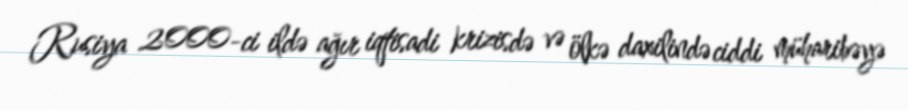
Rusiya 2000-ci ildə ağır iqtisadi krizisdə və ölkə daxilində ciddi müharibəyə